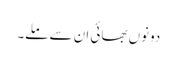
دونوں بھائی ان سے ملے۔